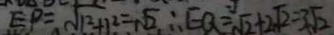
E P = \sqrt { 1 ^ { 2 } + 1 ^ { 2 } } = \sqrt { 2 } \therefore E Q = \sqrt { 2 } + 2 \sqrt { 2 } = 3 \sqrt { 2 }